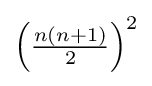
\left({\tfrac {n(n+1)}{2}}\right)^{2}